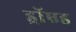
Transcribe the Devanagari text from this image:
ड्रॉएड